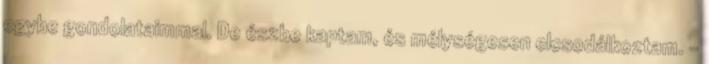
egybe gondolataimmal. De észbe kaptam, és mélységesen elcsodálkoztam. -